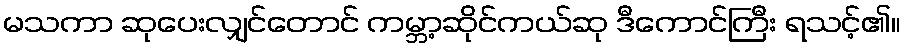
မသကာ ဆုပေးလျှင်တောင် ကမ္ဘာ့ဆိုင်ကယ်ဆု ဒီကောင်ကြီး ရသင့်၏။